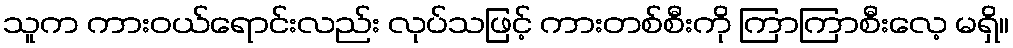
သူက ကားဝယ်ရောင်းလည်း လုပ်သဖြင့် ကားတစ်စီးကို ကြာကြာစီးလေ့ မရှိ။